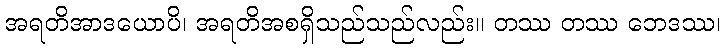
အရတိအာဒယောပိ၊ အရတိအစရှိသည်သည်လည်း။ တဿ တဿ ဘေဒဿ၊